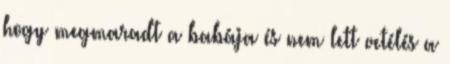
hogy megmaradt a babája és nem lett vetélés a